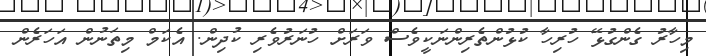
މިހާރު ގެންގުޅޭ ހުރިހާ ކުޅުންތެރިންނަކީވެސް ވަރަށް ހުނަރުވެރި ކުދިން. އެކަމް މިތަނުން އަހަރެން